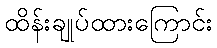
ထိန်းချုပ်ထားကြောင်း